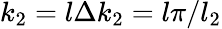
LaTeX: k_{2}=l\Delta k_{2}=l\pi/l_{2}